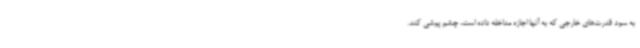
به سود قدرت‌های خارجی که به آنها اجازه مداخله داده است، چشم پوشی کند.